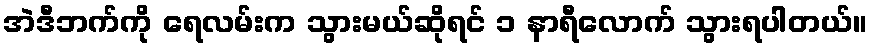
အဲဒီဘက်ကို ရေလမ်းက သွားမယ်ဆိုရင် ၁ နာရီလောက် သွားရပါတယ်။